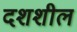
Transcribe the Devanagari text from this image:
दशशील